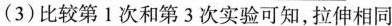
(3)比较第1次和第3次实验可知，拉伸相同